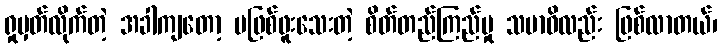
ရှုမှတ်လိုက်တဲ့ အခါကျတော့ မဖြစ်ဖူးသေးတဲ့ စိတ်တည်ကြည်မှု သမာဓိလည်း ဖြစ်လာတယ်၊